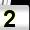
Digit: 2